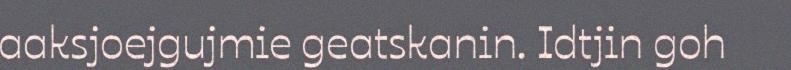
aaksjoejgujmie geatskanin. Idtjin goh